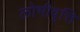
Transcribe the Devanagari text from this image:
लोभीवृत्ति